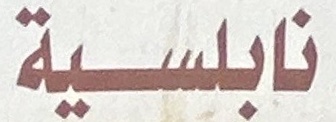
نابلسية